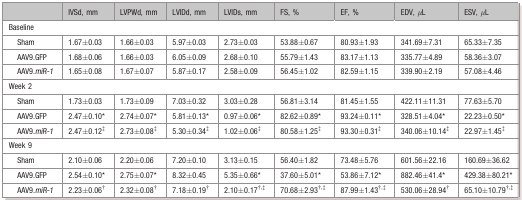
<table><thead><tr><td></td><td><b>IVSd, mm</b></td><td><b>LVPWd, mm</b></td><td><b>LVIDd, mm</b></td><td><b>LVIDs, mm</b></td><td><b>FS, %</b></td><td><b>EF, %</b></td><td><b>EDV, μL</b></td><td><b>ESV, μL</b></td></tr></thead><tbody><tr><td colspan="9">Baseline</td></tr><tr><td>Sham</td><td>1.67±0.03</td><td>1.66±0.03</td><td>5.97±0.03</td><td>2.73±0.03</td><td>53.88±0.67</td><td>80.93±1.93</td><td>341.69±7.31</td><td>65.33±7.35</td></tr><tr><td>AAV9.GFP</td><td>1.68±0.06</td><td>1.66±0.03</td><td>6.05±0.09</td><td>2.68±0.10</td><td>55.79±1.43</td><td>83.17±1.13</td><td>335.77±4.89</td><td>58.36±3.07</td></tr><tr><td>AAV9.<i>miR‐1</i></td><td>1.65±0.08</td><td>1.67±0.07</td><td>5.87±0.17</td><td>2.58±0.09</td><td>56.45±1.02</td><td>82.59±1.15</td><td>339.90±2.19</td><td>57.08±4.46</td></tr><tr><td colspan="9">Week 2</td></tr><tr><td>Sham</td><td>1.73±0.03</td><td>1.73±0.09</td><td>7.03±0.32</td><td>3.03±0.28</td><td>56.81±3.14</td><td>81.45±1.55</td><td>422.11±11.31</td><td>77.63±5.70</td></tr><tr><td>AAV9.GFP</td><td>2.47±0.10*</td><td>2.74±0.07*</td><td>5.81±0.13*</td><td>0.97±0.06*</td><td>82.62±0.89*</td><td>93.24±0.11*</td><td>328.51±4.04*</td><td>22.23±0.50*</td></tr><tr><td>AAV9.<i>miR‐1</i></td><td>2.47±0.12*</td><td>2.73±0.08*</td><td>5.30±0.34*</td><td>1.02±0.06*</td><td>80.58±1.25*</td><td>93.30±0.31*</td><td>340.06±10.14*</td><td>22.97±1.45*</td></tr><tr><td colspan="9">Week 9</td></tr><tr><td>Sham</td><td>2.10±0.06</td><td>2.20±0.06</td><td>7.20±0.10</td><td>3.13±0.15</td><td>56.40±1.82</td><td>73.48±5.76</td><td>601.56±22.16</td><td>160.69±36.62</td></tr><tr><td>AAV9.GFP</td><td>2.54±0.10*</td><td>2.75±0.07*</td><td>8.32±0.45</td><td>5.35±0.66*</td><td>37.60±5.01*</td><td>53.86±7.12*</td><td>882.46±41.4*</td><td>429.38±80.21*</td></tr><tr><td>AAV9<i>.miR‐1</i></td><td>2.23±0.06*</td><td>2.32±0.08*</td><td>7.18±0.19*</td><td>2.10±0.17*<sup>,</sup>*</td><td>70.68±2.93*<sup>,</sup>*</td><td>87.99±1.43*<sup>,</sup>*</td><td>530.06±28.94*</td><td>65.10±10.79*<sup>,</sup>*</td></tr></tbody></table>